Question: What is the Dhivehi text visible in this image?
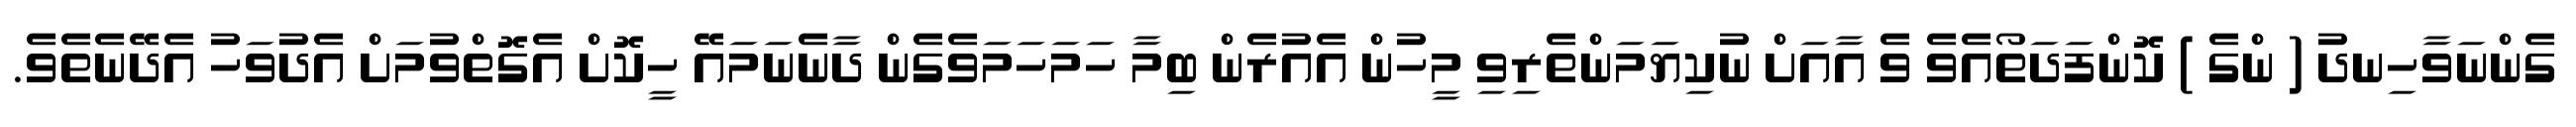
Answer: ގެންނަވާހިނދު ( ންގެ ) ކޮންފަދަތޯއެވެ ވެ އާއަށް ނުކިޔަމަންތެރިވި މީހުން އެއުރެން ބިމާ ހަމަހަމަވެގެން ދާނެނަމައޭ ހީކޮށް އެގޮތްވުމަށް އެދުވަހު އެދޭނެތެވެ.